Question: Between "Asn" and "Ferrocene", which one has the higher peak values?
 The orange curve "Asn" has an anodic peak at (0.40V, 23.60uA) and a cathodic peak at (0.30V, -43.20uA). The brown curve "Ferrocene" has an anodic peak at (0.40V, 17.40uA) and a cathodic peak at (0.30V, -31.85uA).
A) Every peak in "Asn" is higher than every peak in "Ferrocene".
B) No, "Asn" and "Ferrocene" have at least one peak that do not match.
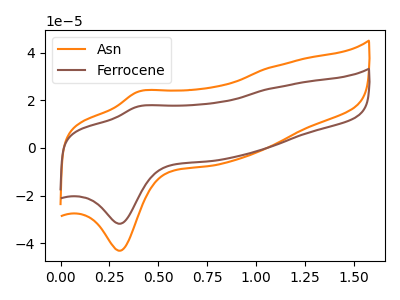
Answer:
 <answer>A) Every peak in "Asn" is higher than every peak in "Ferrocene".</answer>
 <eval>A</eval>